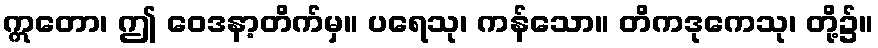
ဣတော၊ ဤ ဝေဒနာ့တိက်မှ။ ပရေသု၊ ကန်သော။ တိကဒုကေသု၊ တို့၌။